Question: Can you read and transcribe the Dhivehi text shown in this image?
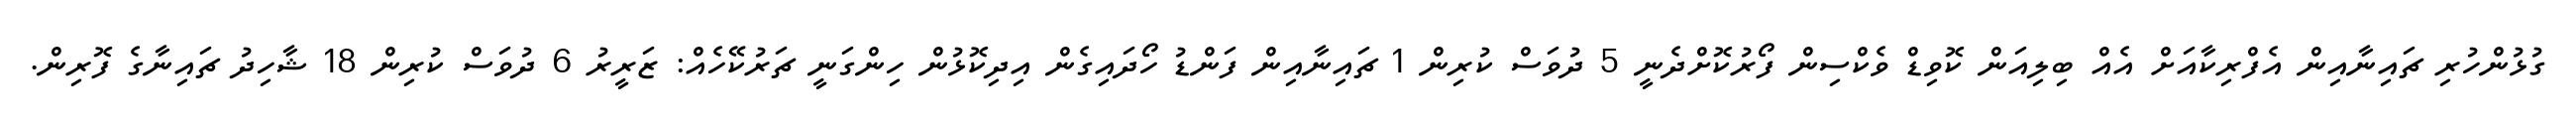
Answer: ގުޅުންހުރި ޗައިނާއިން އެފްރިކާއަށް އެއް ބިލިއަން ކޮވިޑް ވެކްސިން ފޯރުކޮށްދެނީ 5 ދުވަސް ކުރިން 1 ޗައިނާއިން ފަންޑު ހޯދައިގެން އިދިކޮޅުން ހިންގަނީ ޗަރުކޭހެއް: ޒަރީރު 6 ދުވަސް ކުރިން 18 ޝާހިދު ޗައިނާގެ ފޮރިން.